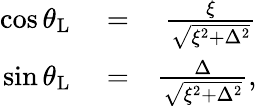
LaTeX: \begin{array}{rlr}{\cos\theta_{\mathrm{L}}}&{{}=}&{\frac{\xi}{\sqrt{\xi^{2}+\Delta^{2}}}}\\ {\sin\theta_{\mathrm{L}}}&{{}=}&{\frac{\Delta}{\sqrt{\xi^{2}+\Delta^{2}}},}\end{array}